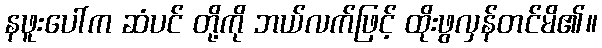
နဖူးပေါ်က ဆံပင် တို့ကို ဘယ်လက်ဖြင့် ထိုးဖွလှန်တင်မိ၏။